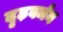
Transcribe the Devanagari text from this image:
दृढ़वर्मन